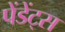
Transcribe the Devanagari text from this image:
पेंडेंट्स